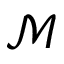
\mathcal { M }